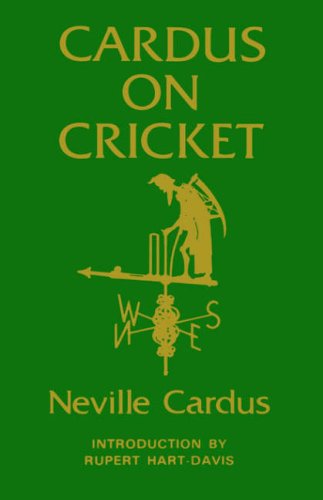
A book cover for Cardus on Cricket; Neville Cardus; Sports & Outdoors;